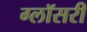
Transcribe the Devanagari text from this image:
ग्लॉसरी